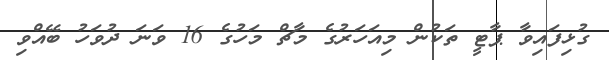
ގުޅިފައިވާ ޕާޓީ ތަކުން މިއަހަރުގެ މާޗް މަހުގެ 16 ވަނަ ދުވަހު ބޭއްވި